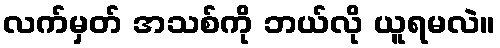
လက်မှတ် အသစ်ကို ဘယ်လို ယူရမလဲ။